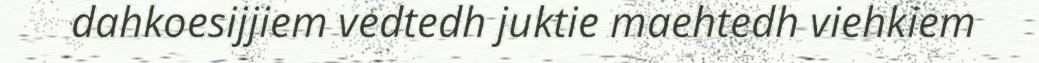
dahkoesijjiem vedtedh juktie maehtedh viehkiem